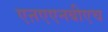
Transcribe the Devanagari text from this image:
एऩएएनबीएच